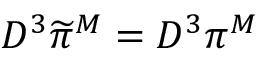
{ \cal D } ^ { 3 } \widetilde { \pi } ^ { M } = { \cal D } ^ { 3 } \pi ^ { M }